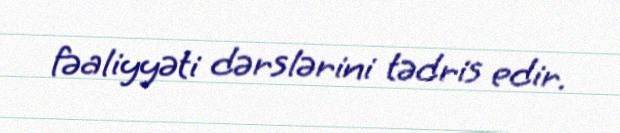
fəaliyyəti dərslərini tədris edir.